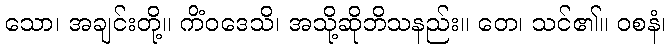
သော၊ အချင်းတို့။ ကိံဝဒေသိ၊ အသို့ဆိုဘိသနည်း။ တေ၊ သင်၏။ ဝစနံ၊